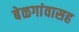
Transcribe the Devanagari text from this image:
बेळगांवासह